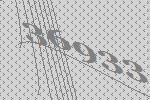
36933